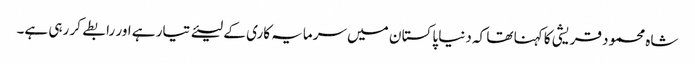
شاہ محمود قریشی کا کہنا تھا کہ دنیا پاکستا ن میں سرمایہ کاری کے لیئے تیار ہے اور رابطے کر رہی ہے۔